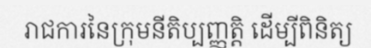
រាជការនៃក្រុមនីតិប្បញ្ញត្តិ ដើម្បីពិនិត្យ